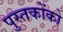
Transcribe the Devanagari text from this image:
पुस्‍तकोंको